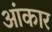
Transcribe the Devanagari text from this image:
आंकार